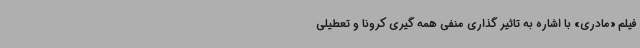
فیلم «مادری» با اشاره به تاثیر گذاری منفی همه گیری کرونا و تعطیلی